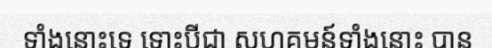
ទាំងនោះទេ ទោះបីជា សហគមន៍ទាំងនោះ បាន